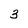
Character: 3